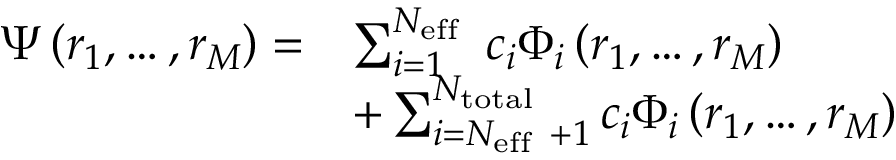
\begin{array} { r l } { \Psi \left( r _ { 1 } , \ldots , r _ { M } \right) = } & { \sum _ { i = 1 } ^ { N _ { \mathrm { e f f ~ } } } c _ { i } \Phi _ { i } \left( r _ { 1 } , \ldots , r _ { M } \right) } \\ & { + \sum _ { i = N _ { \mathrm { e f f ~ } } + 1 } ^ { N _ { \mathrm { t o t a l } } } c _ { i } \Phi _ { i } \left( r _ { 1 } , \ldots , r _ { M } \right) } \end{array}